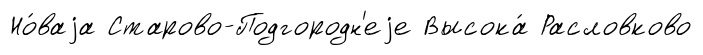
Но́ваjа Старово-Подгородн'еjе Высока́ Расловково